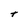
Character: t